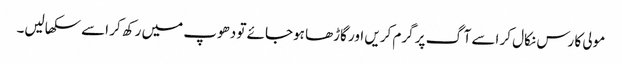
مولی کا رس نکال کر اسے آگ پر گرم کریں اور گاڑھا ہوجائے تو دھوپ میں رکھ کر اسے سکھالیں۔